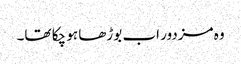
وہ مزدور اب بوڑھا ہو چکا تھا۔